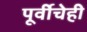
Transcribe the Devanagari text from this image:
पूर्वीचेही